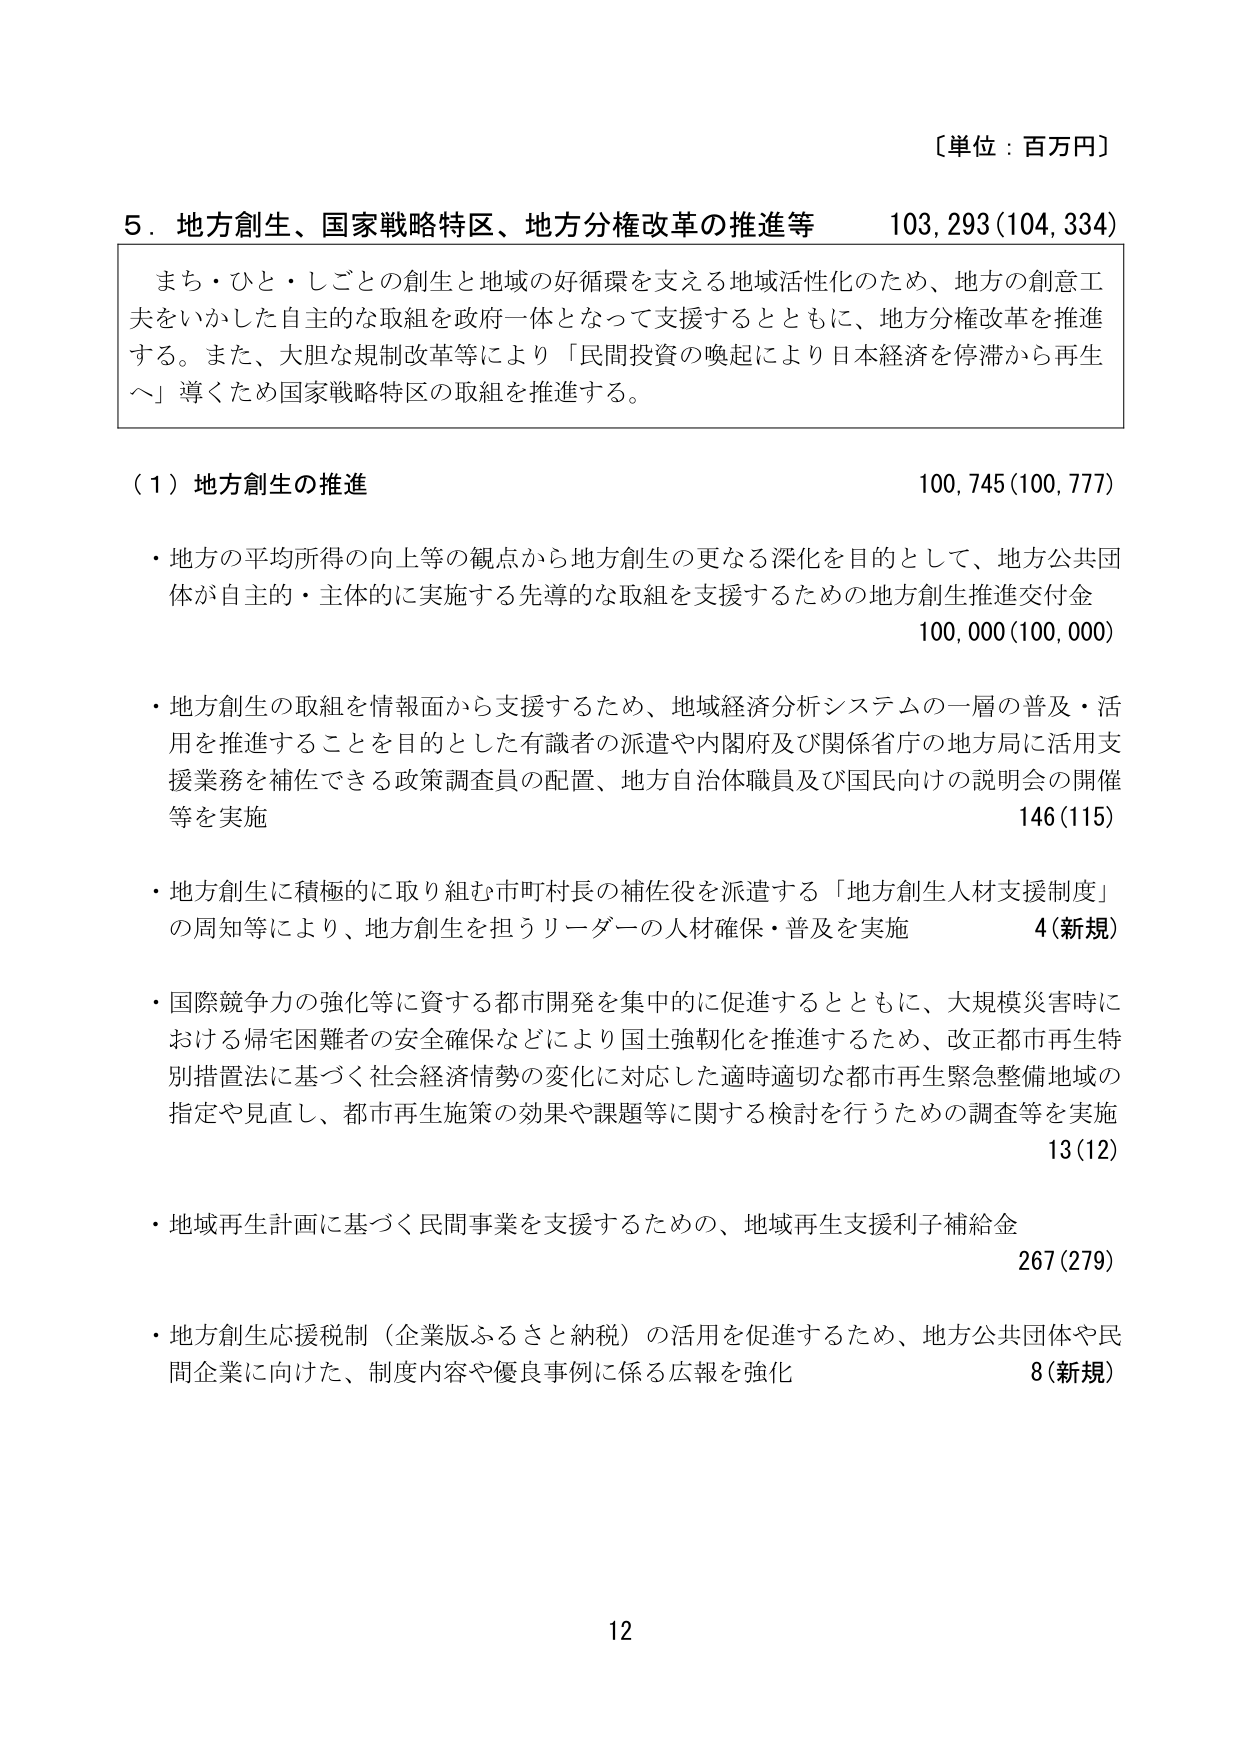
〔単位：百万円〕

5．地方創生、国家戦略特区、地方分権改革の推進等　103,293(104,334)

　まち・ひと・しごとの創生と地域の好循環を支える地域活性化のため、地方の創意工夫をいかした自主的な取組を政府一体となって支援するとともに、地方分権改革を推進する。また、大胆な規制改革等により「民間投資の喚起により日本経済を停滞から再生へ」導くため国家戦略特区の取組を推進する。

（1）地方創生の推進　100,745(100,777)

・地方の平均所得の向上等の観点から地方創生の更なる深化を目的として、地方公共団体が自主的・主体的に実施する先導的な取組を支援するための地方創生推進交付金　100,000(100,000)

・地方創生の取組を情報面から支援するため、地域経済分析システムの一層の普及・活用を推進することを目的とした有識者の派遣や内閣府及び関係省庁の地方局に活用支援業務を補佐できる政策調査員の配置、地方自治体職員及び国民向けの説明会の開催等を実施　146(115)

・地方創生に積極的に取り組む市町村長の補佐役を派遣する「地方創生人材支援制度」の周知等により、地方創生を担うリーダーの人材確保・普及を実施　4(新規)

・国際競争力の強化等に資する都市開発を集中的に促進するとともに、大規模災害時における帰宅困難者の安全確保などにより国土強靭化を推進するため、改正都市再生特別措置法に基づく社会経済情勢の変化に対応した適時適切な都市再生緊急整備地域の指定や見直し、都市再生施策の効果や課題等に関する検討を行うための調査等を実施　13(12)

・地域再生計画に基づく民間事業を支援するための、地域再生支援利子補給金　267(279)

・地方創生応援税制（企業版ふるさと納税）の活用を促進するため、地方公共団体や民間企業に向けた、制度内容や優良事例に係る広報を強化　8(新規)

12